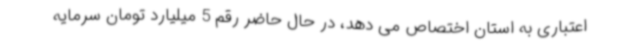
اعتباری به استان اختصاص می دهد، در حال حاضر رقم 5 میلیارد تومان سرمایه